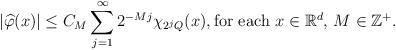
LaTeX: \begin{align*} | \widehat{\varphi}(x) | \leq C_M \sum^{\infty}_{j=1} 2^{-Mj} \chi_{2^j Q} (x), \textrm{for each} \,\, x \in \mathbb{R}^d, \, M \in \mathbb{Z}^+.\end{align*}